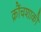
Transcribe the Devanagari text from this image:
क्रौंचशाकौ